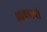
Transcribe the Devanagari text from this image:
आवडावी